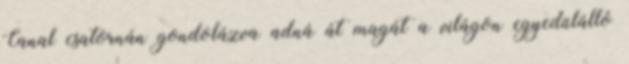
Canal csatornán gondolázva adná át magát a világon egyedülálló